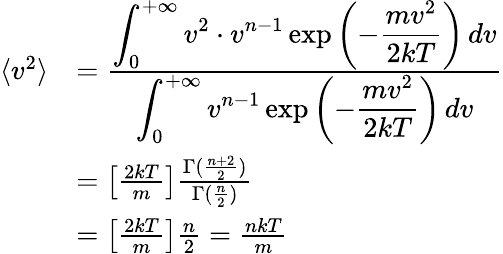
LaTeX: {\begin{array}{rl}{\langle v^{2}\rangle}&{={\frac{\displaystyle\int_{0}^{+\infty}v^{2}\cdot v^{n-1}\exp\left(-{\frac{mv^{2}}{2kT}}\right)\, dv}{\displaystyle\int_{0}^{+\infty}v^{n-1}\exp\left(-{\frac{mv^{2}}{2kT}}\right)\, dv}}}\\ &{=\left[{\frac{2kT}{m}}\right]{\frac{\Gamma({\frac{n+2}{2}})}{\Gamma({\frac{n}{2}})}}}\\ &{=\left[{\frac{2kT}{m}}\right]{\frac{n}{2}}={\frac{nkT}{m}}}\end{array}}